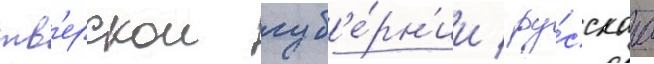
тв'ерскои губ'е́рн'ии / ру́сскаа